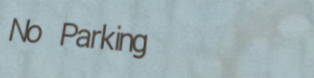
No Parking